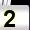
Digit: 2